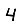
Digit: 4